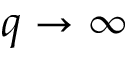
q \rightarrow \infty